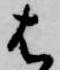
は